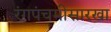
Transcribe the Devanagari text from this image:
रंगपंचमीसारखा